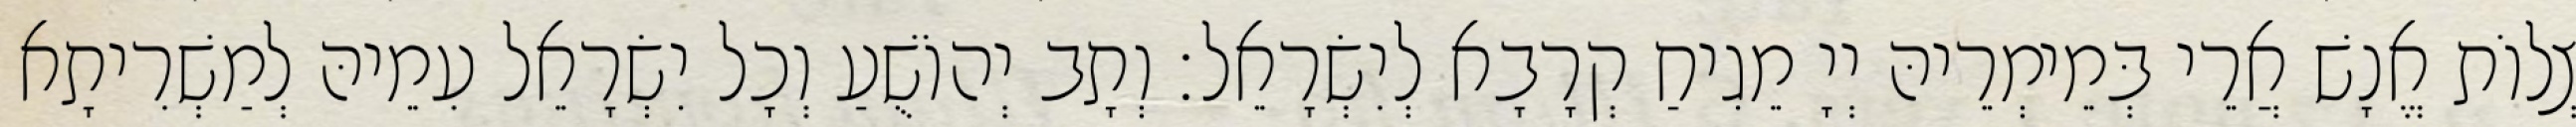
צְלוֹת אֱנָשׁ אֲרֵי בְּמֵימְרֵיהּ יְיָ מֵגִיחַ קְרָבָא לְיִשְׂרָאֵל׃ וְתָב יְהוֹשֻׁעַ וְכָל יִשְׂרָאֵל עִמֵיהּ לְמַשְׁרִיתָא